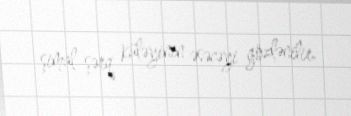
şimal-şərq küləyinin əsəcəyi gözlənilir.